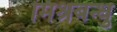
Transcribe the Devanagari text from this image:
मिश्रबन्धु